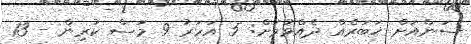
ސަންއަށް ޚަބަރެއް ދެއްވުމަށް: 5 އަހަރު 9 މަސް ކުރިން - 13